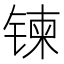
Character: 𫔀